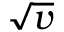
\sqrt { v }